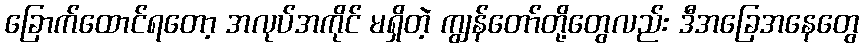
ခြောက်ထောင်ရတော့ အလုပ်အကိုင် မရှိတဲ့ ကျွန်တော်တို့တွေလည်း ဒီအခြေအနေတွေ